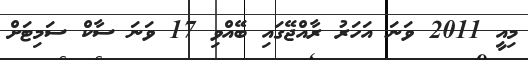
މިއީ 2011 ވަނަ އަހަރު ރާއްޖޭގައި ބޭއްވި 17 ވަނަ ސާކް ސަމިޓަށް